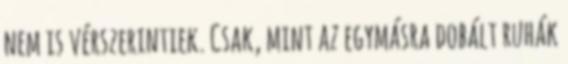
nem is vérszerintiek. Csak, mint az egymásra dobált ruhák